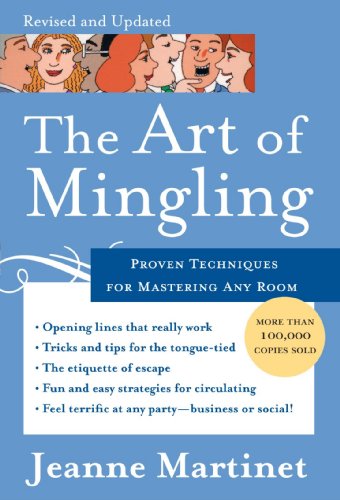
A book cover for The Art of Mingling: Proven Techniques for Mastering Any Room; Jeanne Martinet; Reference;